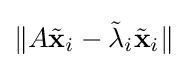
\|A{\tilde {\mathbf {x} }}_{i}-{\tilde {\lambda }}_{i}{\tilde {\mathbf {x} }}_{i}\|